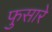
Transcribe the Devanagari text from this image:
फुसारे